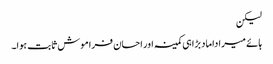
لیکن
ہائے میرا داماد بڑا ہی کمینہ اور احسان فراموش ثابت ہوا۔